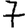
Digit: 7